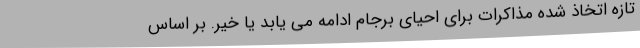
تازه اتخاذ شده مذاکرات برای احیای برجام ادامه می یابد یا خیر. بر اساس